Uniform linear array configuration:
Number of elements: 4
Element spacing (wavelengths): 0.25
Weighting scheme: binomial
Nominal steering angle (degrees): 45
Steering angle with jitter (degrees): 44.713
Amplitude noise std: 0.05
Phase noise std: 0.05

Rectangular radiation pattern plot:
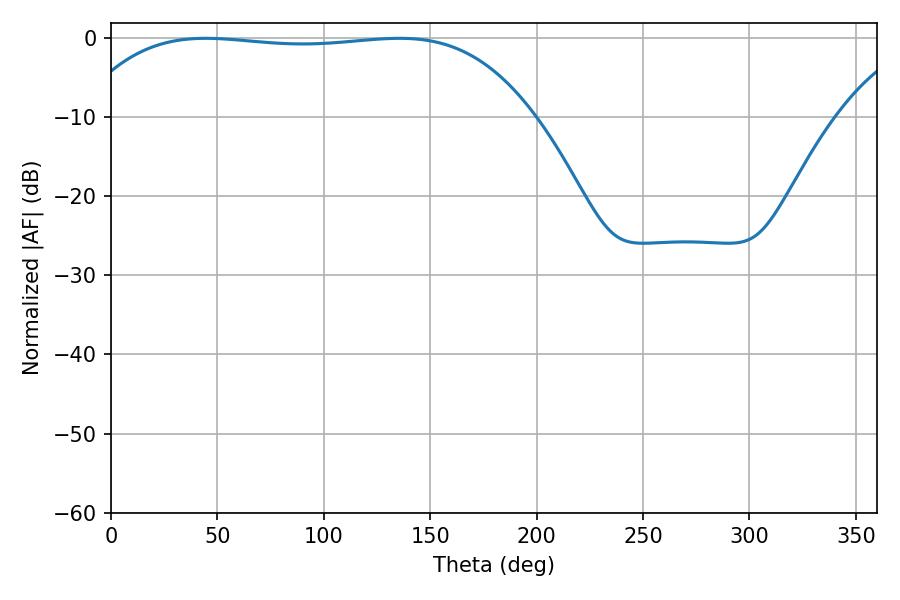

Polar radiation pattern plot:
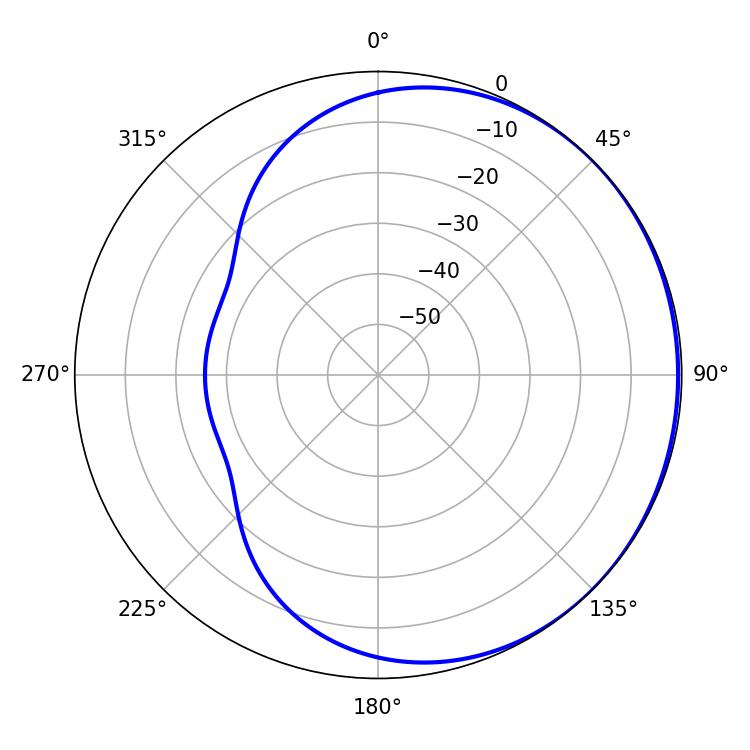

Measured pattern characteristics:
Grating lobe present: FALSE
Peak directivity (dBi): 0.5342
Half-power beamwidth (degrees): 168.48
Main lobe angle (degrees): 44.46